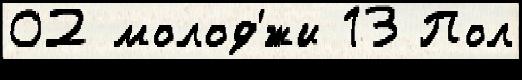
02 молод'́жи 13 Пол